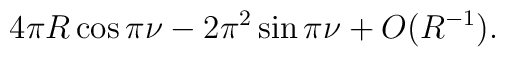
4\pi R\cos\pi \nu-2\pi^2\sin\pi\nu+O(R^{-1}).